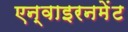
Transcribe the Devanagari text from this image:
एन्वाइरनमेंट